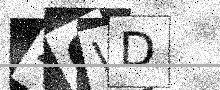
Text: 46WD